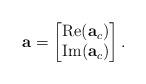
LaTeX: \begin{align*}{\bf a}=\begin{bmatrix}{\rm Re}({\bf a}_c) \\ {\rm Im}({\bf a}_c)\end{bmatrix}.\end{align*}